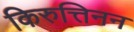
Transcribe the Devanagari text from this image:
किरुत्तिनन